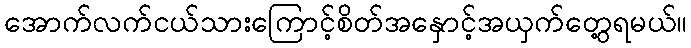
အောက်လက်ငယ်သားကြောင့်စိတ်အနှောင့်အယှက်တွေ့ရမယ်။